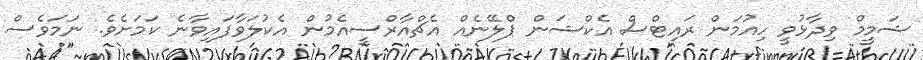
ޝަމީމް ވިދާޅުވީ ހިއުމަން ރައިޓްސް އެކްޝަން ޕްލޭނެއް އެޗްއާރްސީއެމުން އެކުލަވާފައިވާނެ ކަމަށެވެ. ނަމަވެސް